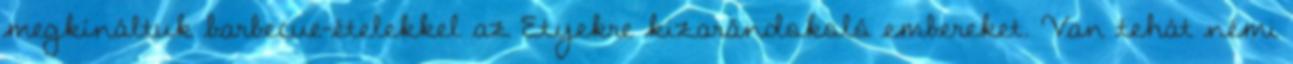
megkínáltuk barbecue-ételekkel az Etyekre kizarándokoló embereket. Van tehát némi